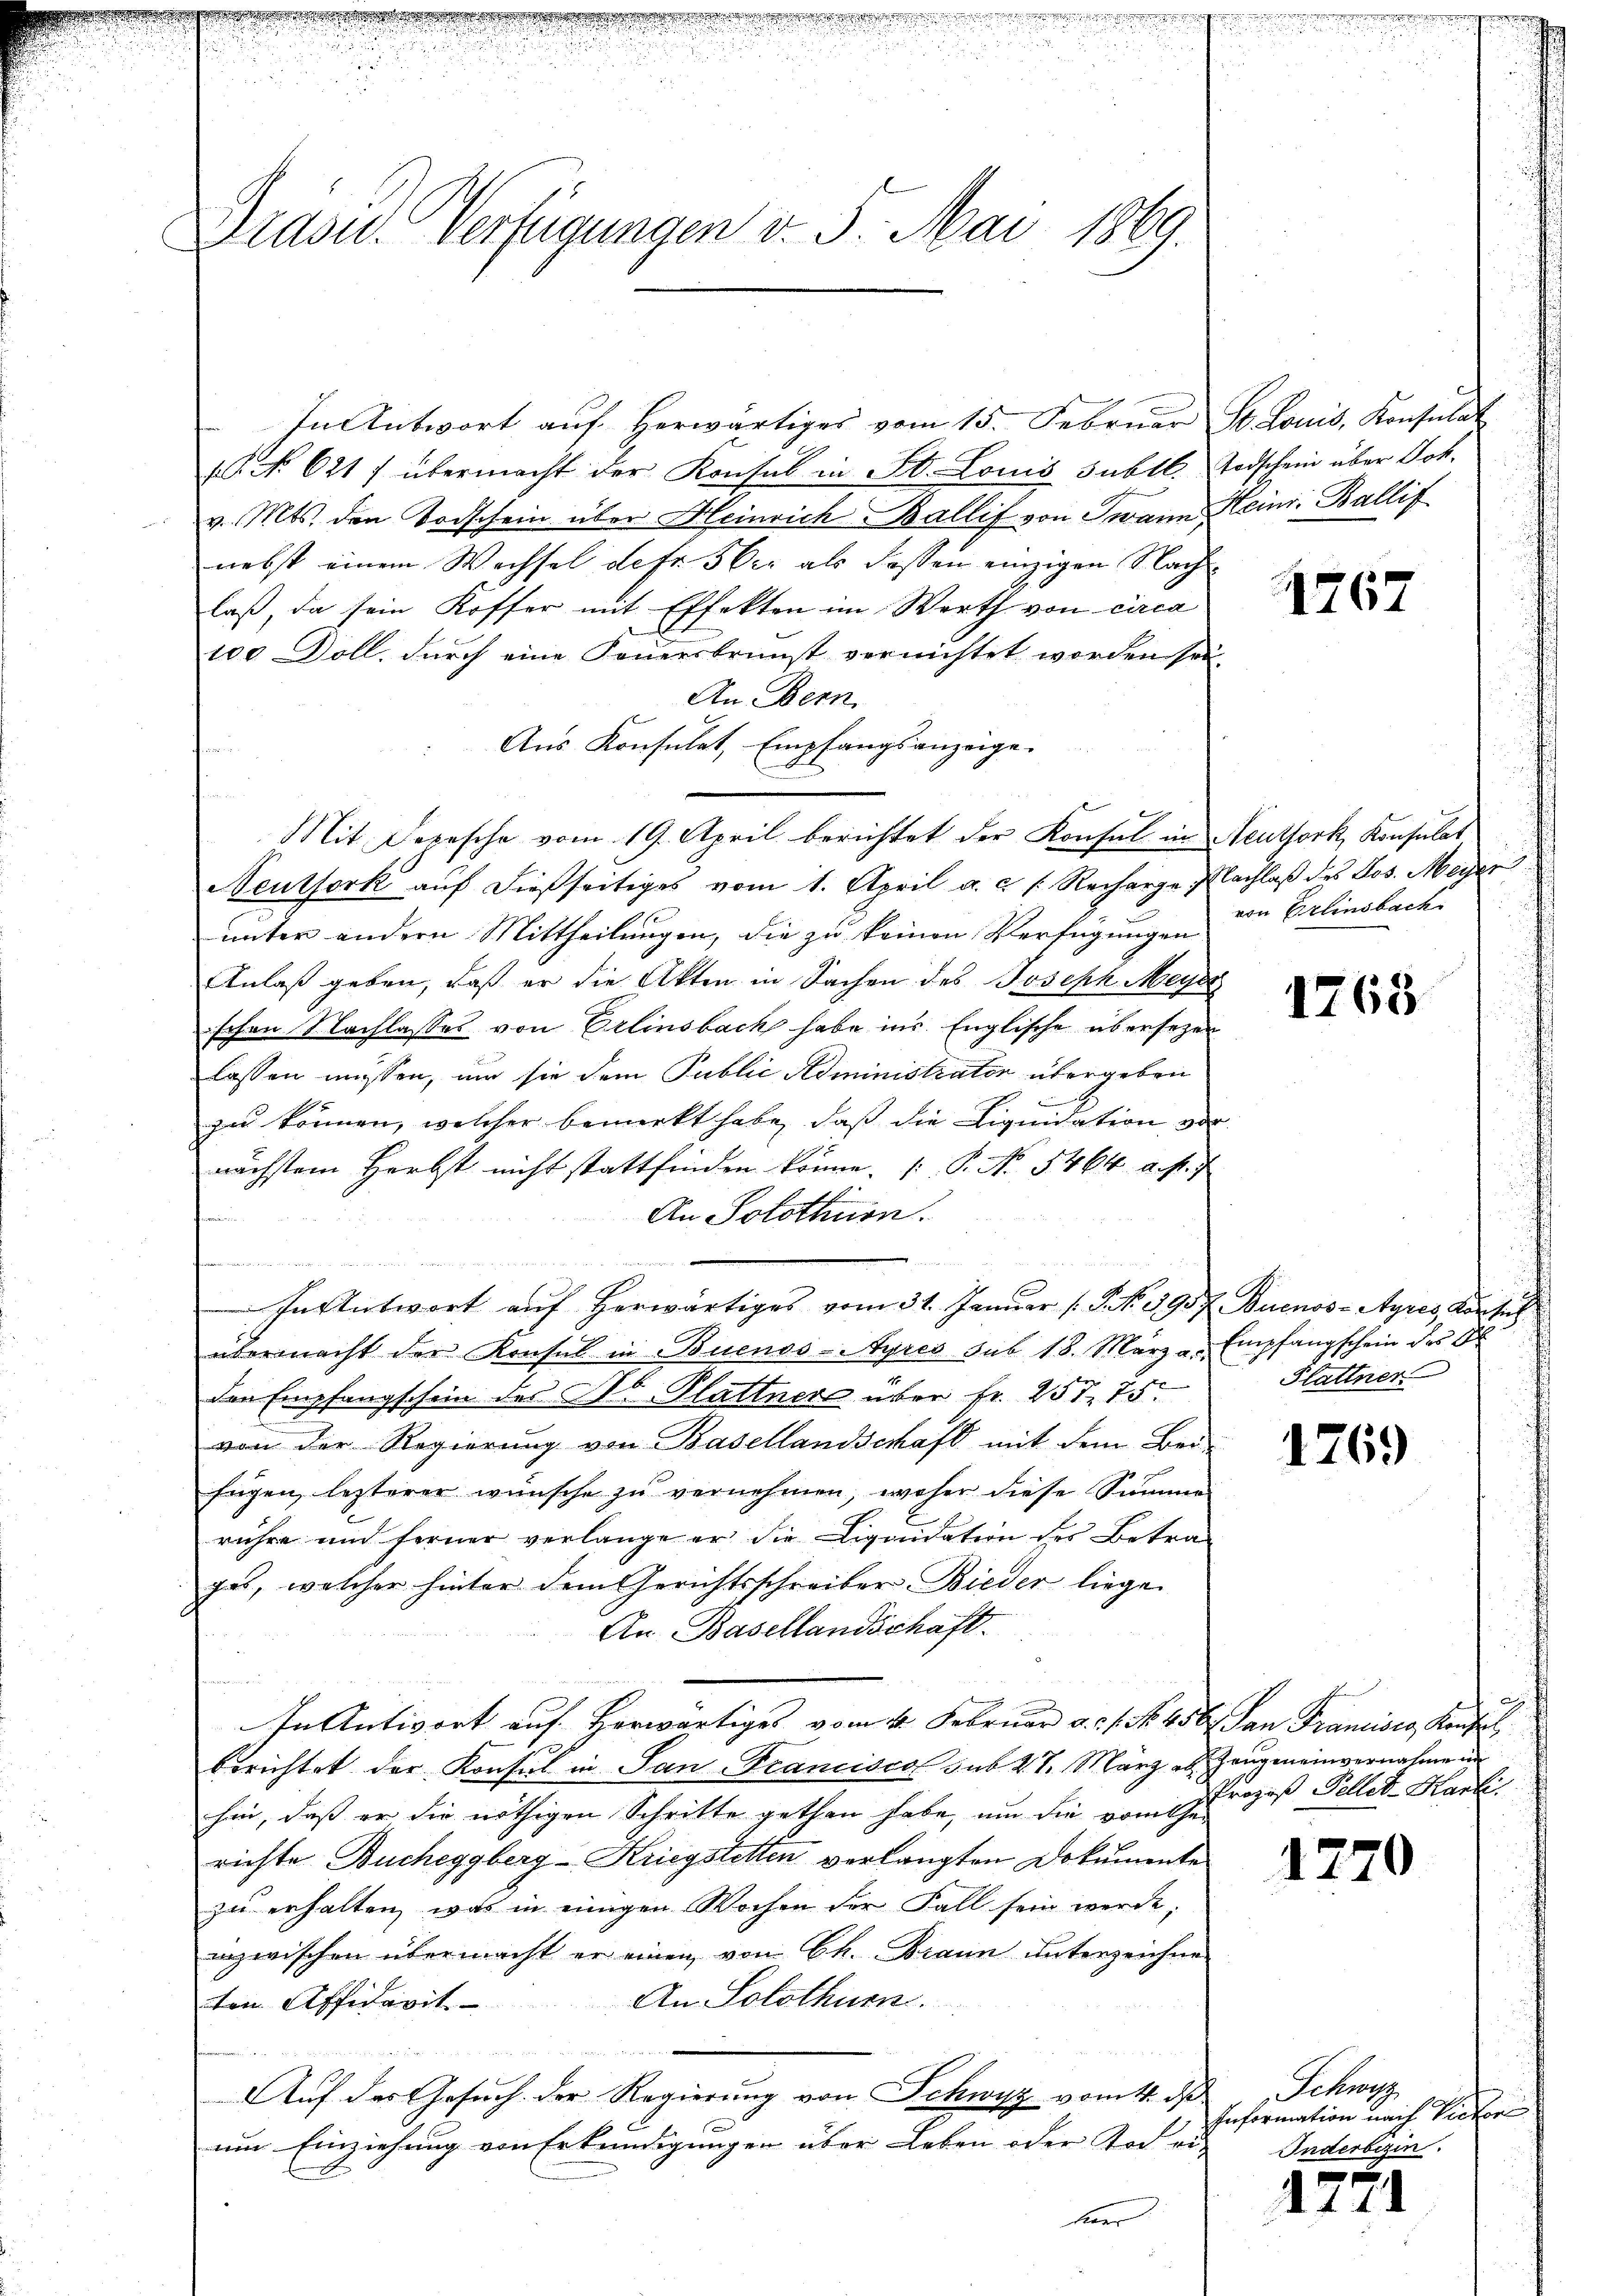
Drasu. Verfügungen d. 3. Mai 1869.

v. Mts. den Todschein über Meinrich Ballif von Twann Heinr. Ballif
nebst einem Wechsel defr. 5 er als dassen einzigen Nachlaß, da sein Koffer mit Effekten im Werth von circa
100 Döll, durch eine Feuersbrunst vernichtet worden sei,
An Bern,
Aus Konsulat, Empfangsanzeige.
Mit Depesche vom 19. April berichtet der Konsul in Neuthork, Konsulat
Neuthork auf dießseitiges vom 1. April a. c. s. Recharge Nachlaß des Jos. Meyri
unter andern Mittheilungen, die zu keinen Verfügungen
Anlaß geben, daß er die Akten in Sachen des Joseph Meyer
schen Nachlasses von Erlinsbach habe ins Englische übersezen
lassen müssen, um sie dem Public Administrator übergeben
zu können, welcher bemerkt habe, daß die Liquidation vor
nächstem Herbst nicht stattfinden könne. P. No. 5464 a. p.
An Solothinion.
e
In Antwort aŭf herwärtiges vom 31. Januar (S. No. 3957 Buenos-Ayres Vorsit
übermacht der Konsul in Buenos-Ayres sub 18. März a. Empfangschein des D
den Empfangschein des St. Plattners über fr. 257. 75
von der Regierung von Basellandschaft mit dem Bei-
fügen, lezterer wünsche zu vernehmen, woher diese Summe
rühre und ferner verlange er die Liquidation des Betra-
gas, welcher hinter dem Gerichtsschreiber Bieder liege
An Basellandschaft
In Antwort auf herwärtiges vom 4. Februar d. 1. No. 456. San Francises Kanzl
berichtet der Konsul in San-Francisco sub 27. März ab Zeugeneinvernahme in
hin, daß er die nöthigen Schritte gethan habe, um die vom Gerichte Bucheggberg-Kriegstetten verlangten Dokumente
zu erhalten, was in einigen Wochen der Fall sein werde;
inzwischen übermacht er einen von Ch. Braun unterzeichnen
An Solothur.
ten Affidavit
  Frau
Auf das Gesuch der Regierung von Schwyz vom 4. ds.
um Einziehung von Erkundigungen über Leben oder Tod ei
haar

In Antwort aŭf herwärtiges vom 15. Febrŭar St. Louis, Konsulat
10 No 621) übermacht der Konsul in St. Louis subtl. Todschein über Joh.

4767

von Erlinsbach

1768

Flattner

1769

Prozeß Pellet. Karli

17

Schran
Information nach Vicker¬
Inderbesin

12

70

a
.